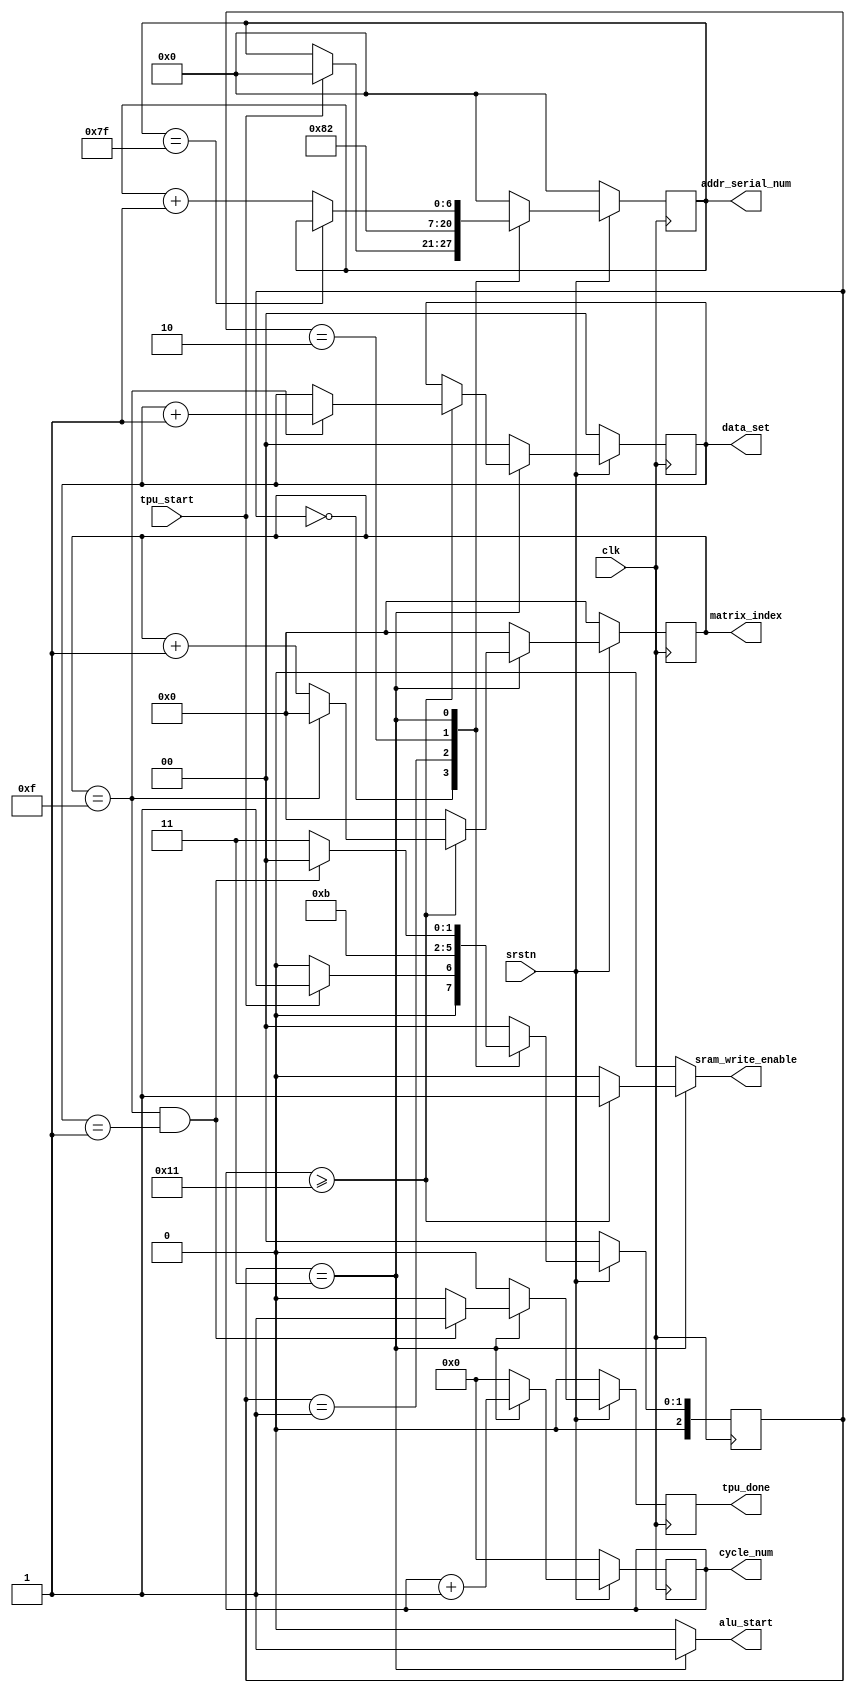
//////////////////////////////////////////////////////////////////////////////////
// Orgnization: NICSEFC
// Engineer: 
// 
// Module Name: quantize
// Description: controller for systolic array
// 
// Version 0.1: File created.
// 
//////////////////////////////////////////////////////////////////////////////////

module systolic_controll #(
    parameter ARRAY_SIZE = 16
)(
    input               clk               ,
    input               srstn             ,
    input               tpu_start         , // total enable signal
    output reg          sram_write_enable ,
    //addr_sel
    output reg [7 -1:0] addr_serial_num   ,
    //systolic array
    output reg          alu_start         , // shift & multiplcation start
    output reg [9 -1:0] cycle_num         , // for systolic.v
    output reg [6 -1:0] matrix_index      , // index for write-out SRAM data
    output reg [2 -1:0] data_set          ,
    output reg tpu_done                     // done signal
);

localparam IDLE = 3'd0, LOAD_DATA = 3'd1, WAIT1 = 3'd2, ROLLING = 3'd3;

// general variable
reg [2:0] state;
reg [2:0] state_nx;
reg [1:0] data_set_nx;
reg tpu_done_nx;

// addr_sel
reg [6:0] addr_serial_num_nx;

// systolic array
reg [8:0] cycle_num_nx;
reg [5:0] matrix_index_nx;

// initialization
always @(posedge clk) begin
    if (~srstn) begin
        state <= IDLE;
        data_set <= 0;
        cycle_num <= 0;
        matrix_index <= 0;
        addr_serial_num <= 0;
        tpu_done <= 0;
    end else begin
        state <= state_nx;
        data_set <= data_set_nx;
        cycle_num <= cycle_num_nx;
        matrix_index <= matrix_index_nx;
        addr_serial_num <= addr_serial_num_nx;
        tpu_done <= tpu_done_nx;
    end
end

// state transition, tpu_done signal
always @(*) begin
    case (state) 
        IDLE: begin
            if (tpu_start)
                state_nx = LOAD_DATA;
            else
                state_nx = IDLE;
            tpu_done_nx = 0;
        end

        LOAD_DATA: begin
            state_nx = WAIT1;
            tpu_done_nx = 0;
        end

        WAIT1: begin
            state_nx = ROLLING;
            tpu_done_nx = 0;
        end

        ROLLING: begin
            if (matrix_index == 15 && data_set == 1) begin
                state_nx = IDLE;
                tpu_done_nx = 1;
            end
            else begin
                state_nx = ROLLING;
                tpu_done_nx = 0;
            end
        end

        default: begin
            state_nx = IDLE;
            tpu_done_nx = 0;
        end
    endcase
end

// addr_sel: addr_serial_num
always @(*) begin
    case (state)
        IDLE: begin
            if (tpu_start)
                addr_serial_num_nx = 0;
            else
                addr_serial_num_nx = addr_serial_num;
        end

        LOAD_DATA: begin
            addr_serial_num_nx = 1;
        end

        WAIT1: begin
            addr_serial_num_nx = 2;
        end

        ROLLING: begin
            if (addr_serial_num == 127)
                addr_serial_num_nx = addr_serial_num;
            else
                addr_serial_num_nx = addr_serial_num + 1;
        end

        default:
            addr_serial_num_nx = 0;
    endcase
end

// systolic: alu_start, cycle_num, matrix_index, data_set, sram_write_enable
always @(*) begin
    case (state)
        IDLE: begin
            alu_start = 0;
            cycle_num_nx = 0;
            matrix_index_nx = 0;
            data_set_nx = 0;
            sram_write_enable = 0;
        end

        LOAD_DATA: begin
            alu_start = 0;
            cycle_num_nx = 0;
            matrix_index_nx = 0;
            data_set_nx = 0;
            sram_write_enable = 0;
        end

        WAIT1: begin
            alu_start = 0;
            cycle_num_nx = 0;
            matrix_index_nx = 0;
            data_set_nx = 0;
            sram_write_enable = 0;
        end

        ROLLING: begin
            alu_start = 1;
            cycle_num_nx = cycle_num + 1;
            if (cycle_num >= ARRAY_SIZE+1) begin
                if (matrix_index == 15) begin
                    matrix_index_nx = 0;
                    data_set_nx = data_set + 1;
                end
                else begin
                    matrix_index_nx = matrix_index + 1;
                    data_set_nx = data_set;
                end
                sram_write_enable = 1;
            end
            else begin
                matrix_index_nx = 0;
                data_set_nx = data_set;
                sram_write_enable = 0;
            end
        end

        default: begin
            alu_start = 0;
            cycle_num_nx = 0;
            matrix_index_nx = 0;
            data_set_nx = 0;
            sram_write_enable = 0;
        end
        
    endcase
end

endmodule